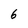
Character: 6